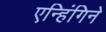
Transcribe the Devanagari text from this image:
एन्हिंगिने